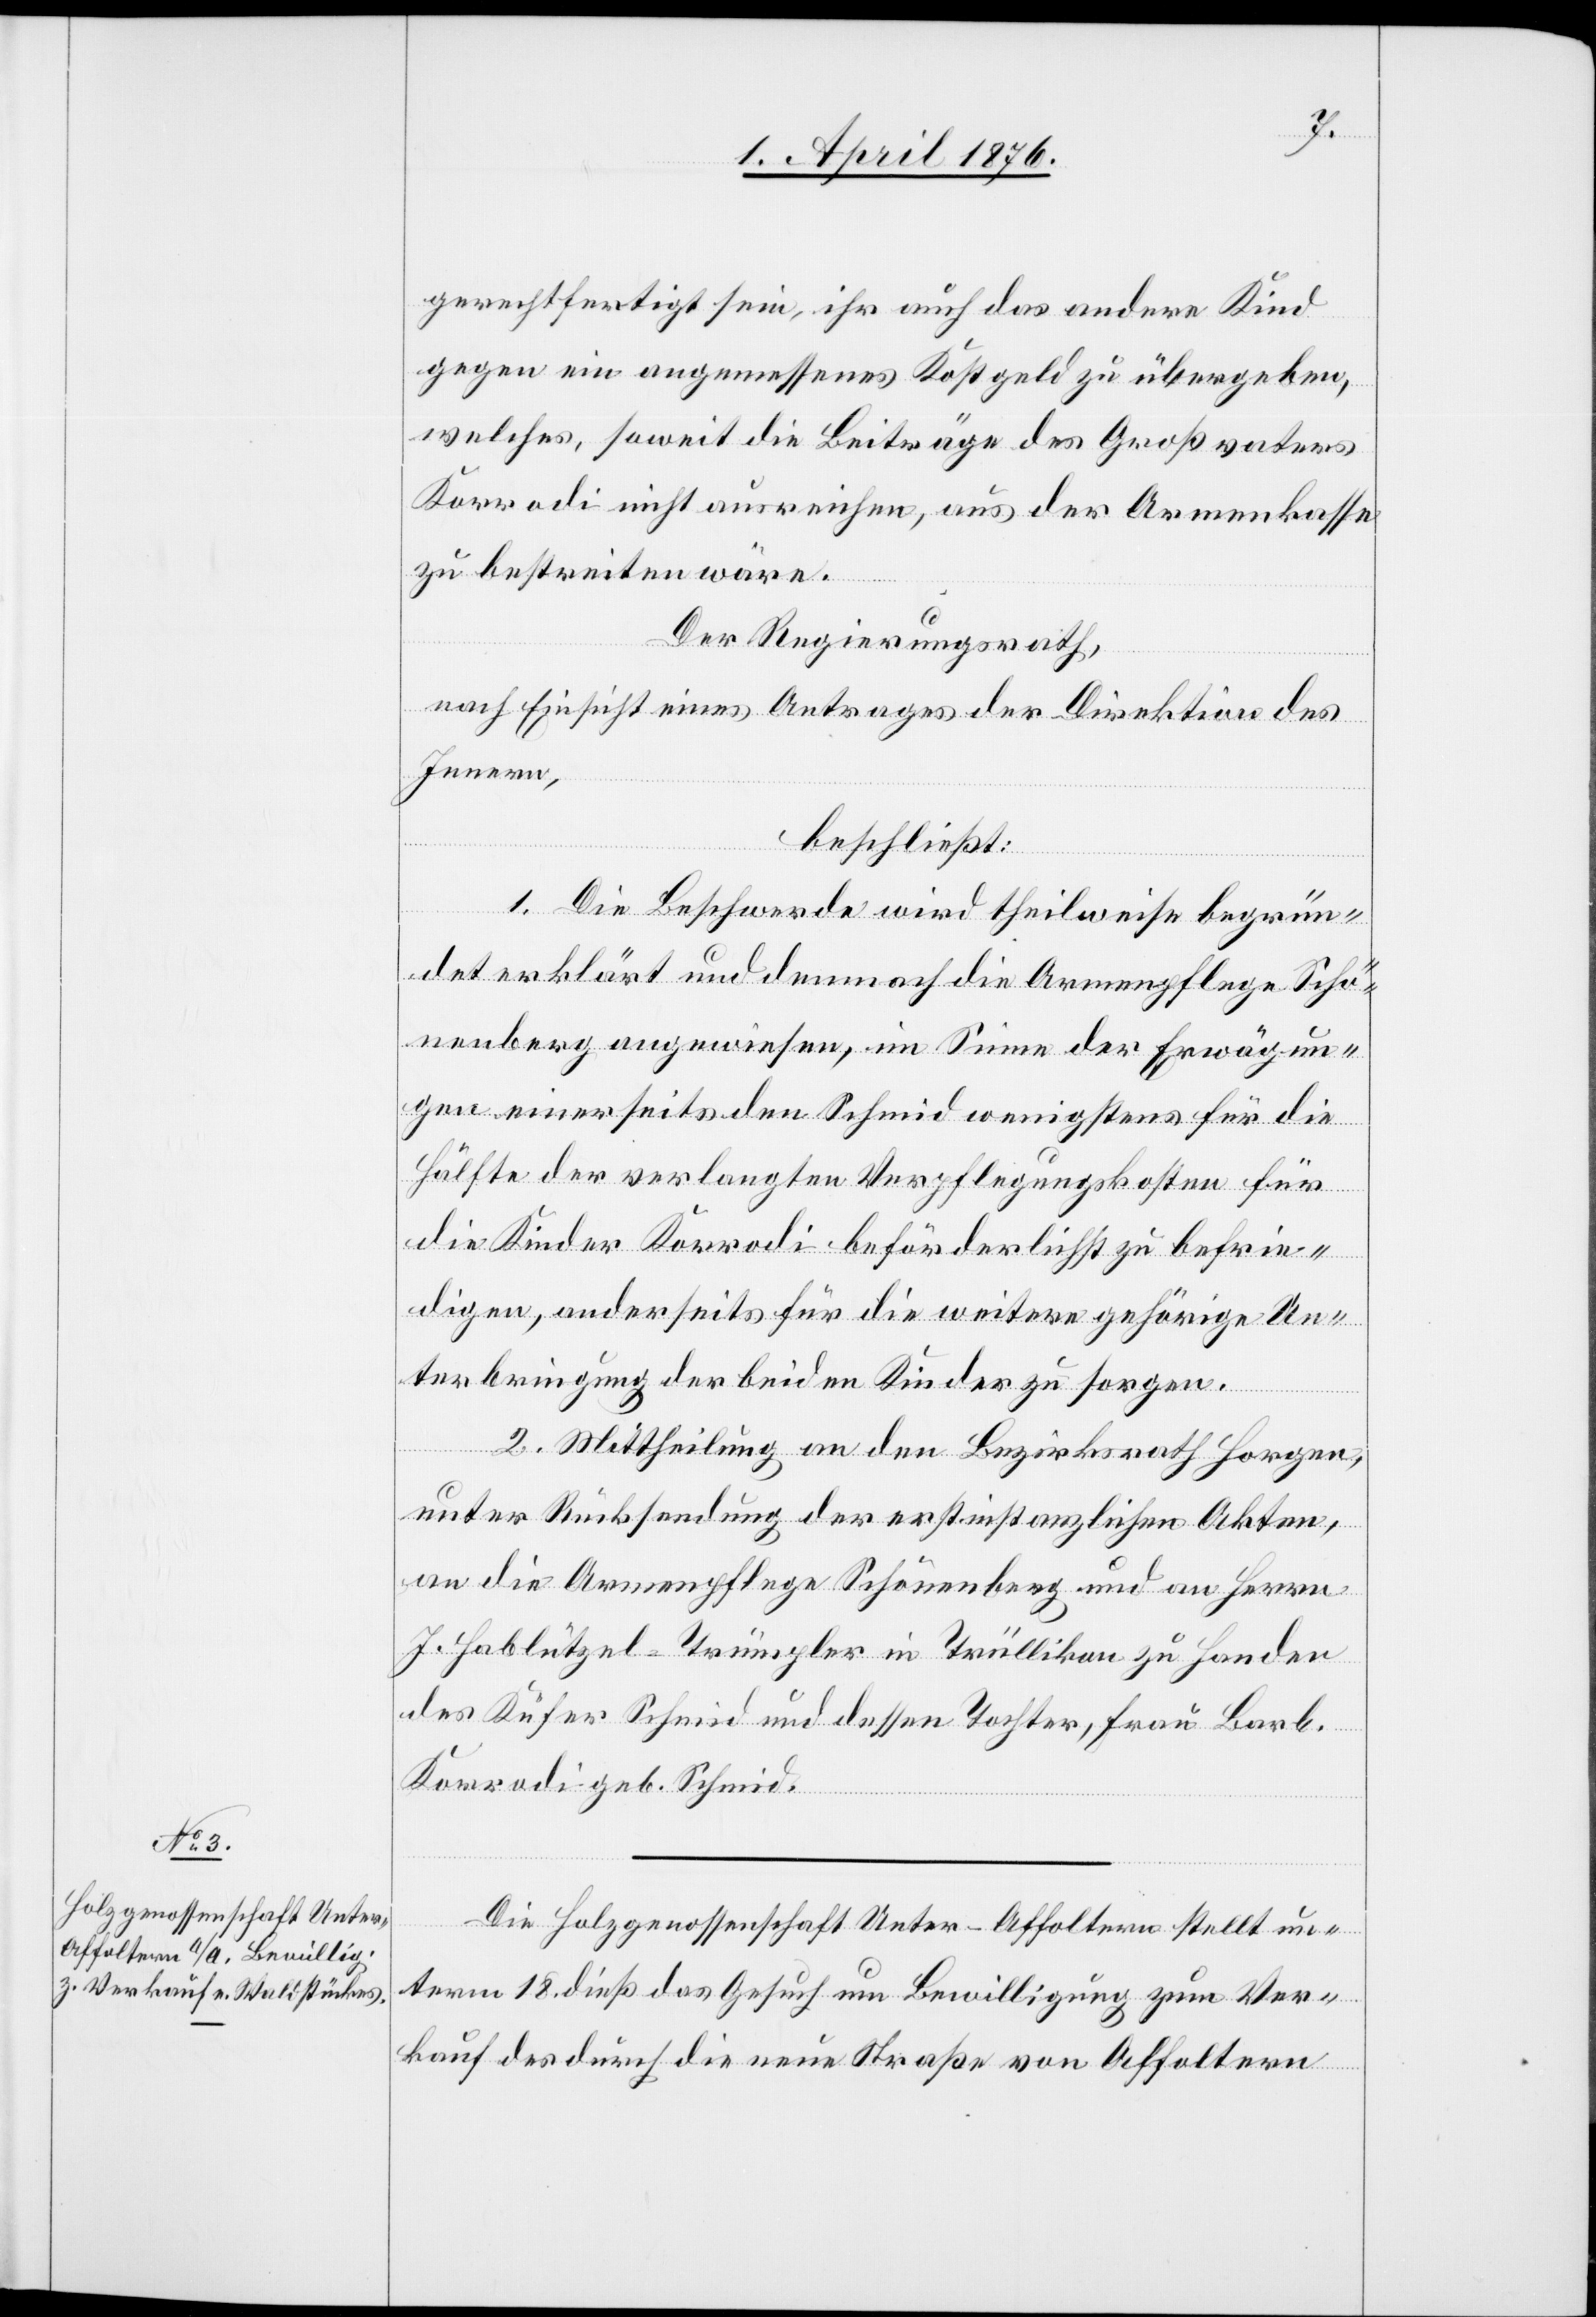
gerechtfertigt sein, ihr auch das andere Kind
gegen ein angemessenes Kostgeld zu übergeben,
welches, soweit die Beiträge des Großvaters
Korrodi nicht ausreichen, aus der Armenkasse
zu bestreiten wäre.
Der Regierungsrath,
nach Einsicht eines Antrages der Direktion des
Innern,
beschließt:
1. Die Beschwerde wird theilweise begrün¬
det erklärt und demnach die Armenpflege Schö¬
nenberg angewiesen, im Sinne der Erwägun¬
gen einerseits den Schmid wenigstens für die
Hälfte der verlangten Verpflegungskosten für
die Kinder Korrodi beförderlichst zu befrie¬
digen, anderseits für die weitere gehörige Un¬
terbringungen der beiden Kinder zu sorgen.
2. Mittheilung an den Bezirksrath Horgen,
unter Rücksendung der erstinstanzlichen Akten,
an die Armenpflege Schönenberg und an Herrn
J. Hablützel-Trümpler in Trüllikon zu Handen
des Küfer Schmid und dessen Tochter, Frau Barb.
Korrodi geb. Schmid.
Die Holzgenossenschaft Unter-Affoltern stellt un¬
term 18. dieß das Gesuch um Bewilligung zum Ver¬
kauf des durch die neue Straße von Affoltern